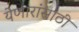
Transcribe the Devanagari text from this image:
येणारांसाठी